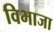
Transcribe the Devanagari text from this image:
विभाजा